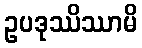
ဥပဒုဿိဿာမိ